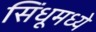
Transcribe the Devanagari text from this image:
सिंधूमध्ये